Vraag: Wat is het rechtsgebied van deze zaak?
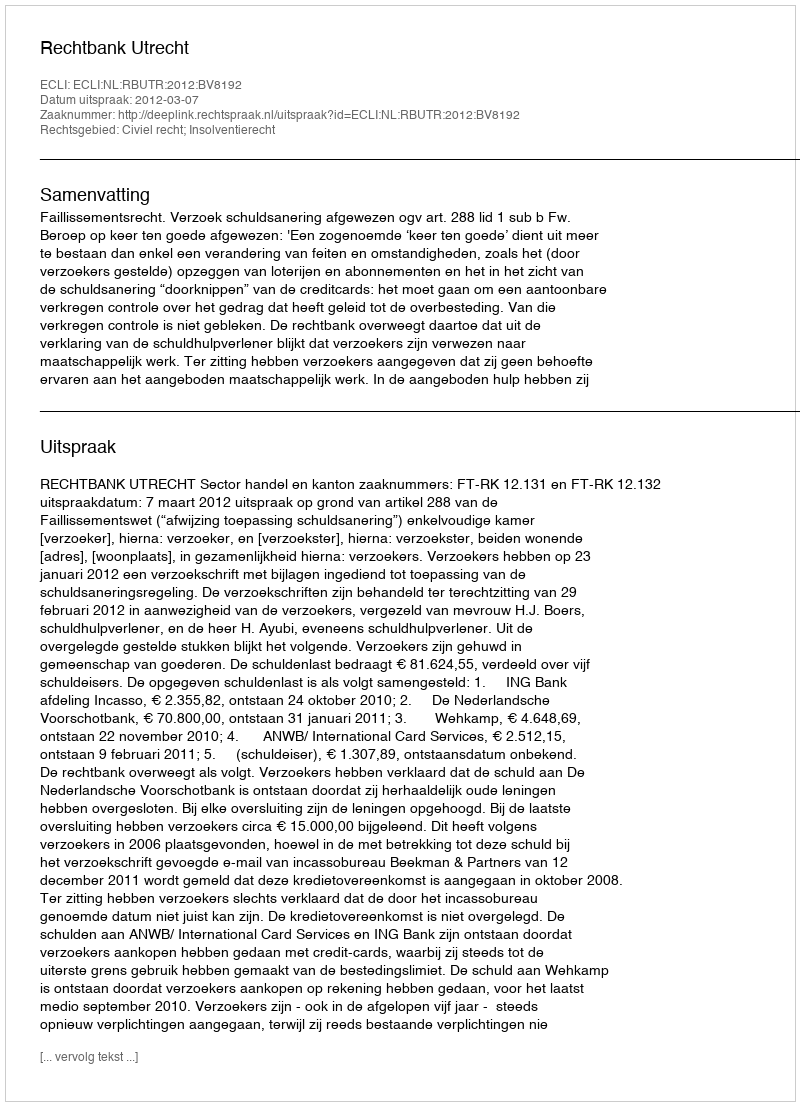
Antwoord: Civiel recht; Insolventierecht